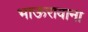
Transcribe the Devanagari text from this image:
भाऊरावाना